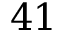
4 1